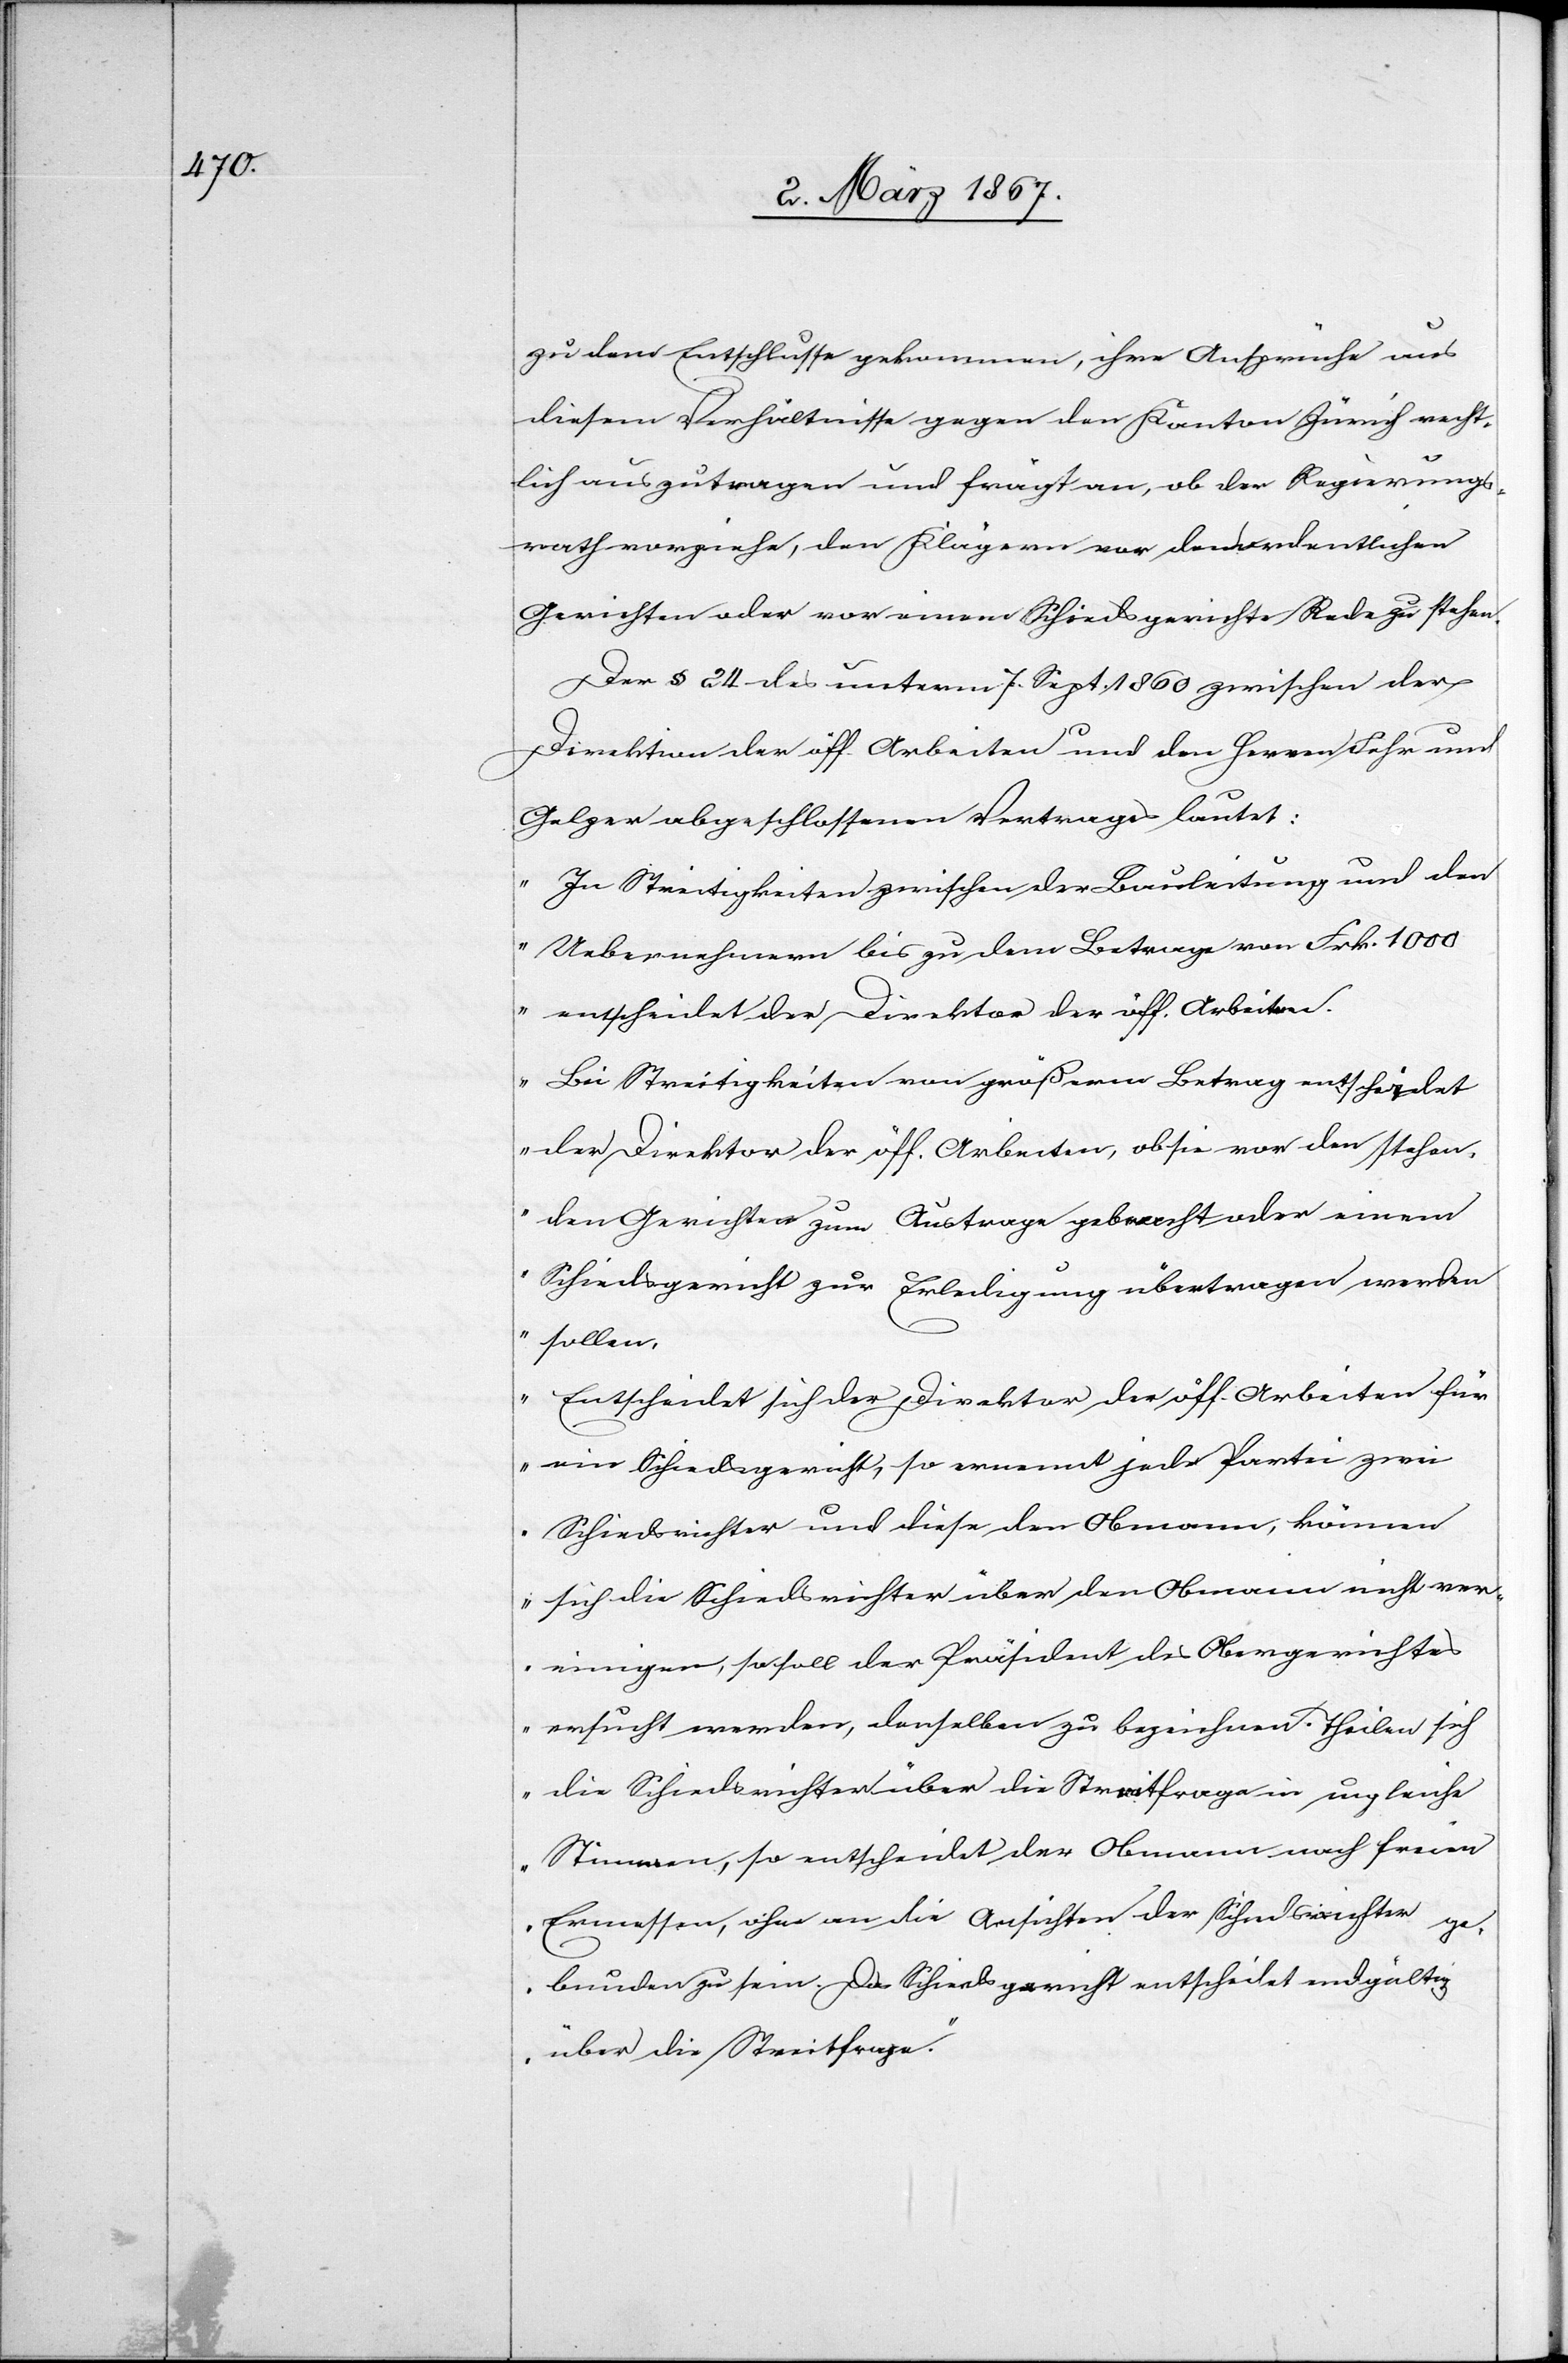
zu dem Entschlusse gekommen, ihre Ansprüche aus
diesem Verhältnisse gegen den Kanton Zürich recht¬
lich auszutragen und frägt an, ob der Regierungs¬
rath vorziehe, den Klägern vor den ordentlichen
Gerichten oder vor einem Schiedsgerichte Rede zu stehen.
Der § 24 des unterm 7. Sept. 1860 zwischen der
Direktion der öff. Arbeiten und den Herren Fehr und
Gelzer abgeschlossenen Vertrages lautet:
„In Streitigkeiten zwischen der Bauleitung und den
Uebernehmern bis zu dem Betrage von Frk. 1000
entscheidet der Direktor der öff. Arbeiten.
Bei Streitigkeiten von größerm Betrag entscheidet
der Direktor der öff. Arbeiten, ob sie vor den stehen¬
den Gerichten zum Austrage gebracht oder einem
Schiedsgericht zur Erledigung übertragen werden
sollen.
Entscheidet sich der Direktor der öff. Arbeiten für
ein Schiedsgericht, so ernennt jede Partei zwei
Schiedsrichter und diese den Obmann, können
sich die Schiedsrichter über den Obmann nicht ver¬
einigen, so soll der Präsident des Obergerichtes
ersucht werden, denselben zu bezeichnen. Theilen sich
die Schiedsrichter über die Streitfrage in ungleiche
Stimmen, so entscheidet der Obmann nach freiem
Ermessen, ohne an die Ansichten der Schiedsrichter ge¬
bunden zu sein. Das Schiedsgericht entscheidet endgültig
über die Streitfrage“.